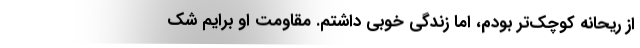
از ریحانه کوچک‌تر بودم، اما زندگی خوبی داشتم. مقاومت او برایم شک‌